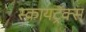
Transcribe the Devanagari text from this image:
स्कायट्रॅक्स